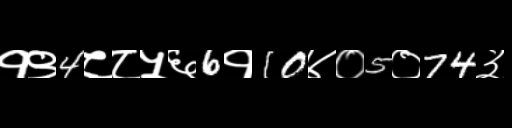
Text: १९4८८५६6१10४०5०74३